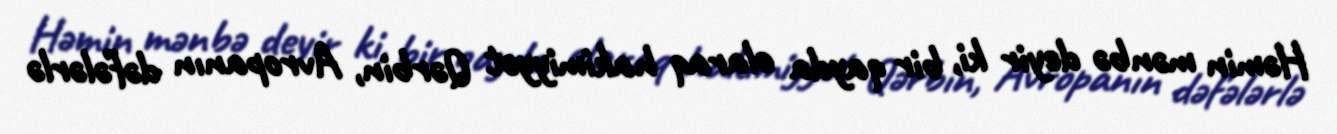
Həmin mənbə deyir ki, bir qayda olaraq hakimiyyət Qərbin, Avropanın dəfələrlə